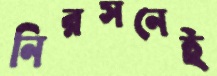
নিরসনেই